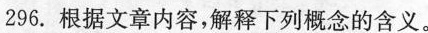
296.根据文章内容，解释下列概念的含义。